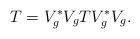
LaTeX: \begin{align*} T= V_g^\ast V_g T V_g^\ast V_g. \end{align*}